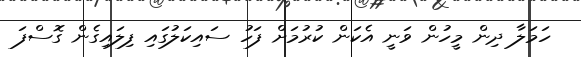
ހަމަލާ ދިން މީހުން ވަނީ އެކަން ކުރުމަށް ފަހު ސައިކަލުގައި ފިލައިގެން ގޮސްފަ